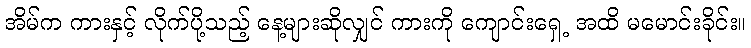
အိမ်က ကားနှင့် လိုက်ပို့သည့် နေ့များဆိုလျှင် ကားကို ကျောင်းရှေ့ အထိ မမောင်းခိုင်း။